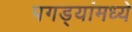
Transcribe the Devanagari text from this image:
पगड्यांमध्ये